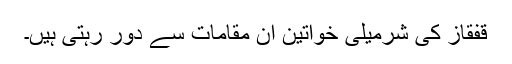
قفقاز کی شرمیلی خواتین ان مقامات سے دور رہتی ہیں۔